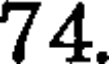
74.